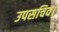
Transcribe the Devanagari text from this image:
उपसचिव।